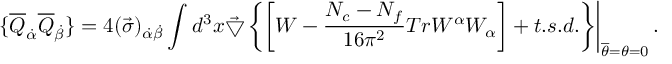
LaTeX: \left. \{ \overline { { { Q } } } _ { \dot { \alpha } } \overline { { { Q } } } _ { \dot { \beta } } \} = 4 ( \vec { \sigma } ) _ { \dot { \alpha } \dot { \beta } } \int d ^ { 3 } x \vec { \bigtriangledown } \left\{ \left[ W - \frac { N _ { c } - N _ { f } } { 1 6 \pi ^ { 2 } } T r W ^ { \alpha } W _ { \alpha } \right] + t . s . d . \right\} \right| _ { \overline { { { \theta } } } = \theta = 0 } .